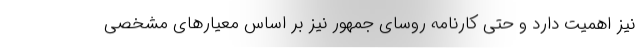
نیز اهمیت دارد و حتی کارنامه روسای جمهور نیز بر اساس معیارهای مشخصی